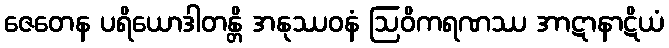
ဇေတေန ပရိယောဒါတန္တိ အနုဿဝနံ ဩဝိကရဏဿ အာဋာနာဋိယံ